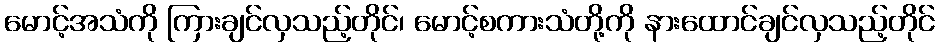
မောင့်အသံကို ကြားချင်လှသည့်တိုင်၊ မောင့်စကားသံတို့ကို နားထောင်ချင်လှသည့်တိုင်